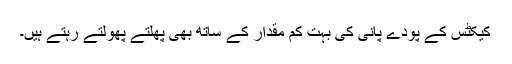
کیکٹس کے پودے پانی کی بہت کم مقدار کے ساتھ بھی پھلتے پھولتے رہتے ہیں۔